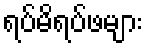
ရပ်မိရပ်ဖများ